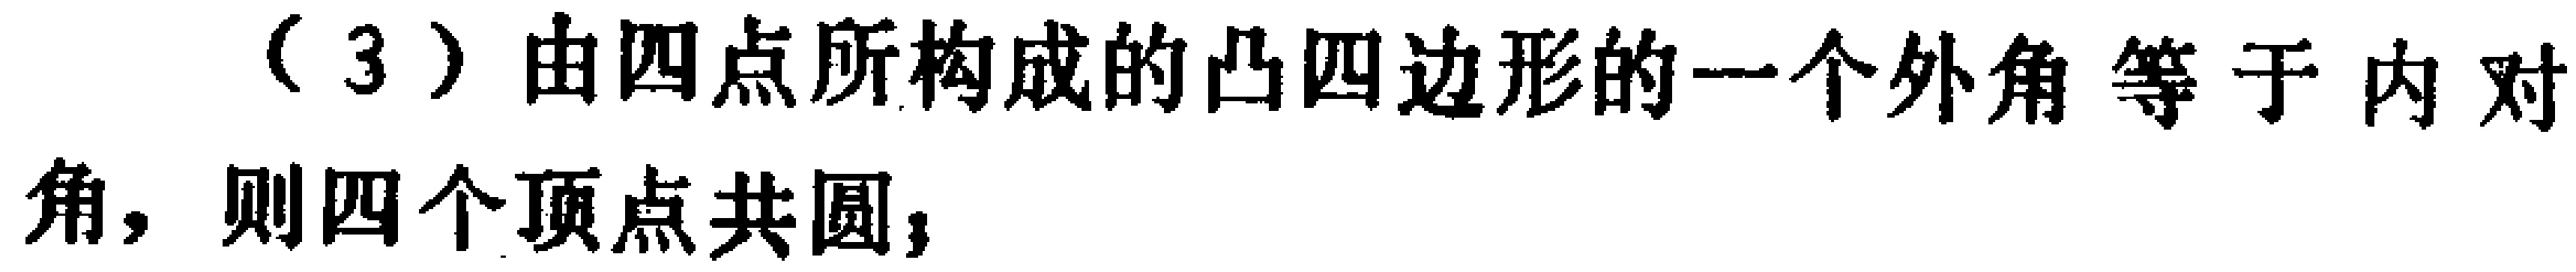
（3）由四点所构成的凸四边形的一个外角等于内对角，则四个顶点共圆；